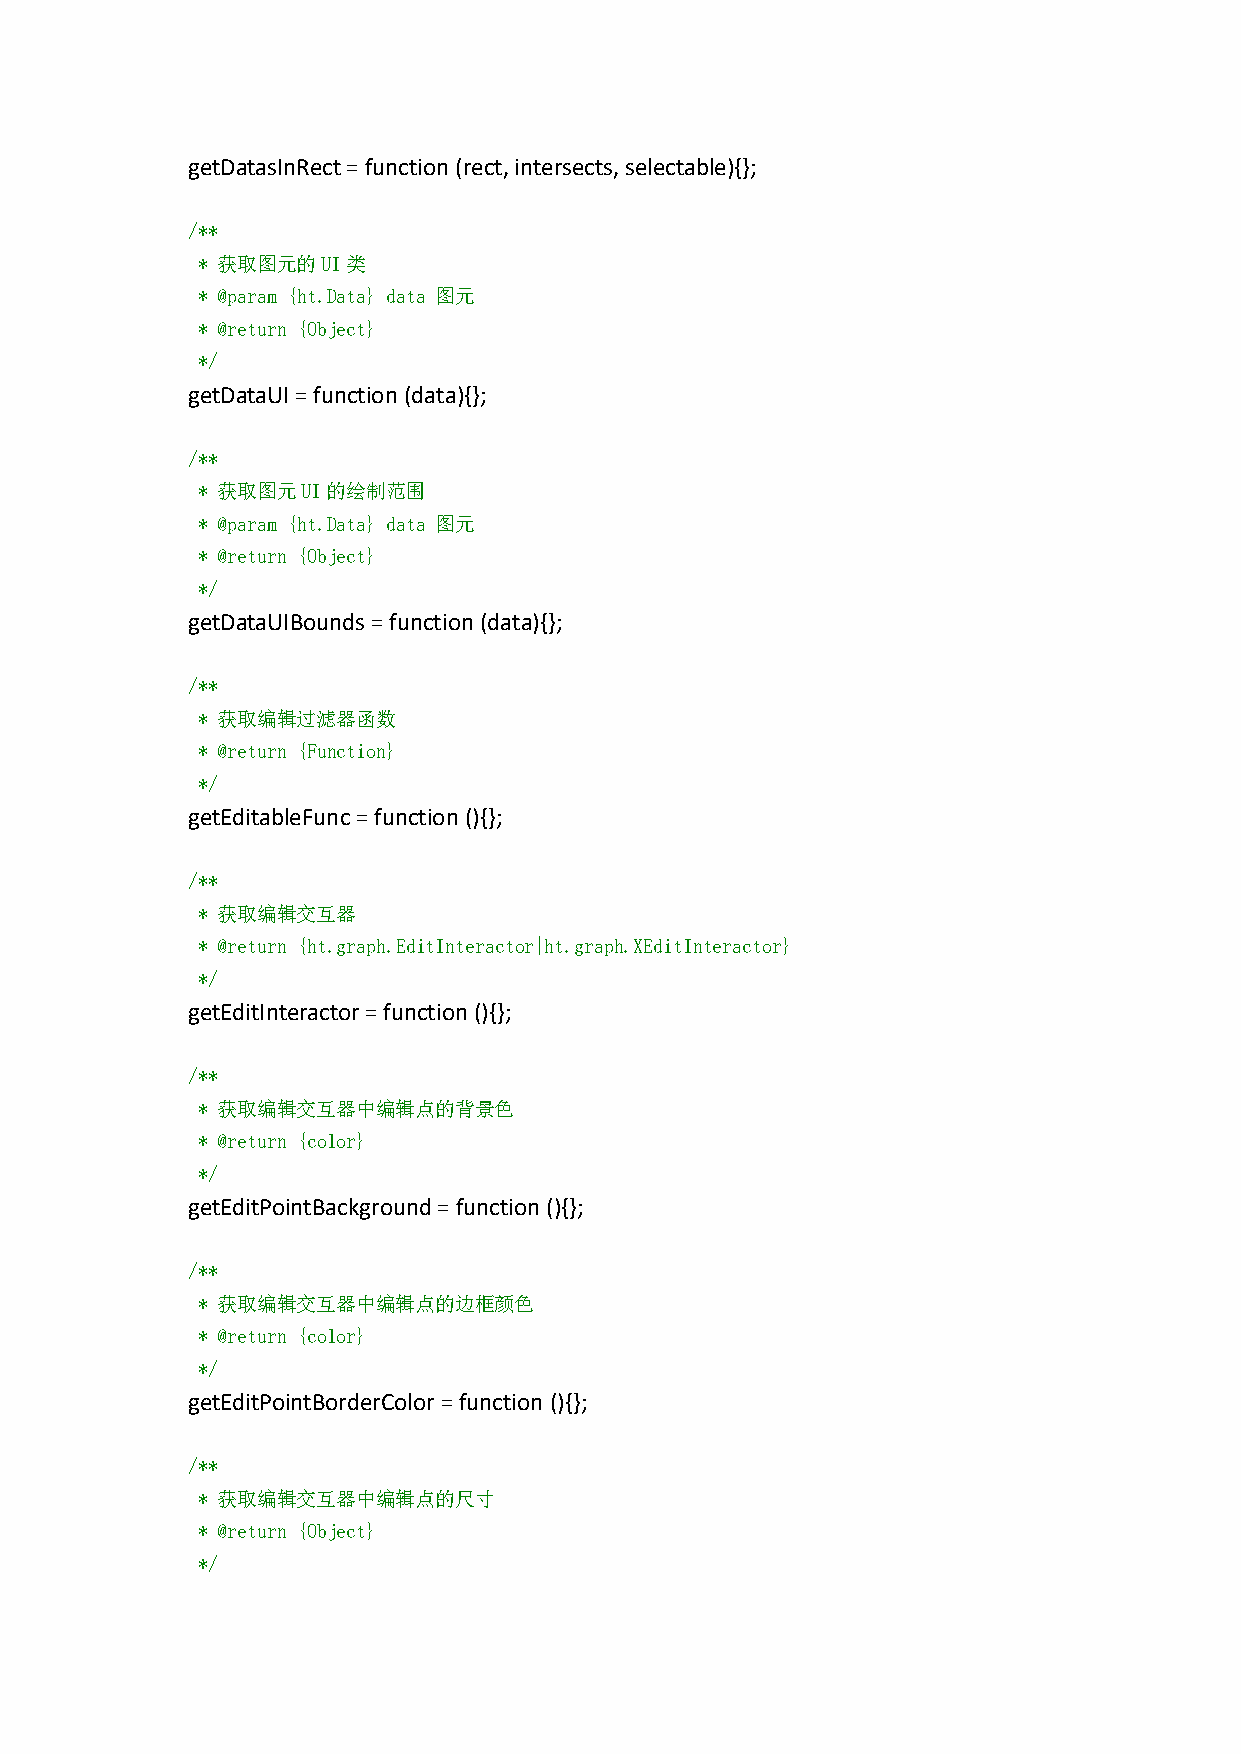
getDatasInRect=function(rect,intersects,selectable){};
 /**
 * 获取图元的UI类
 * @param {ht.Data} data 图元
 * @return {Object}
 */
 getDataUI=function(data){};
 /**
 * 获取图元UI的绘制范围
 * @param {ht.Data} data 图元
 * @return {Object}
 */
 getDataUIBounds=function(data){};
 /**
 * 获取编辑过滤器函数
 * @return {Function}
 */
 getEditableFunc=function(){};
 /**
 * 获取编辑交互器
 * @return {ht.graph.EditInteractor|ht.graph.XEditInteractor}
 */
 getEditInteractor=function(){};
 /**
 * 获取编辑交互器中编辑点的背景色
 * @return {color}
 */
 getEditPointBackground=function(){};
 /**
 * 获取编辑交互器中编辑点的边框颜色
 * @return {color}
 */
 getEditPointBorderColor=function (){};
 /**
 * 获取编辑交互器中编辑点的尺寸
 * @return {Object}
 */